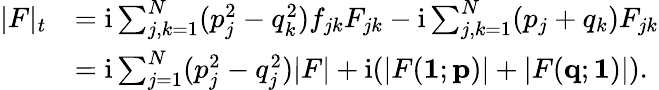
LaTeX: \begin{array}{rl}{|F|_{t}}&{=\mathrm{i}\sum_{j,k=1}^{N}(p_{j}^{2}-q_{k}^{2})f_{jk}F_{jk}-\mathrm{i}\sum_{j,k=1}^{N}(p_{j}+q_{k})F_{jk}}\\ &{=\mathrm{i}\sum_{j=1}^{N}(p_{j}^{2}-q_{j}^{2})|F|+\mathrm{i}(|F({\mathbf 1};{\mathbf p})|+|F({\mathbf q};{\mathbf 1})|).}\end{array}